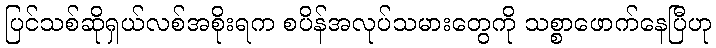
ပြင်သစ်ဆိုရှယ်လစ်အစိုးရက စပိန်အလုပ်သမားတွေကို သစ္စာဖောက်နေပြီဟု